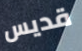
قديس